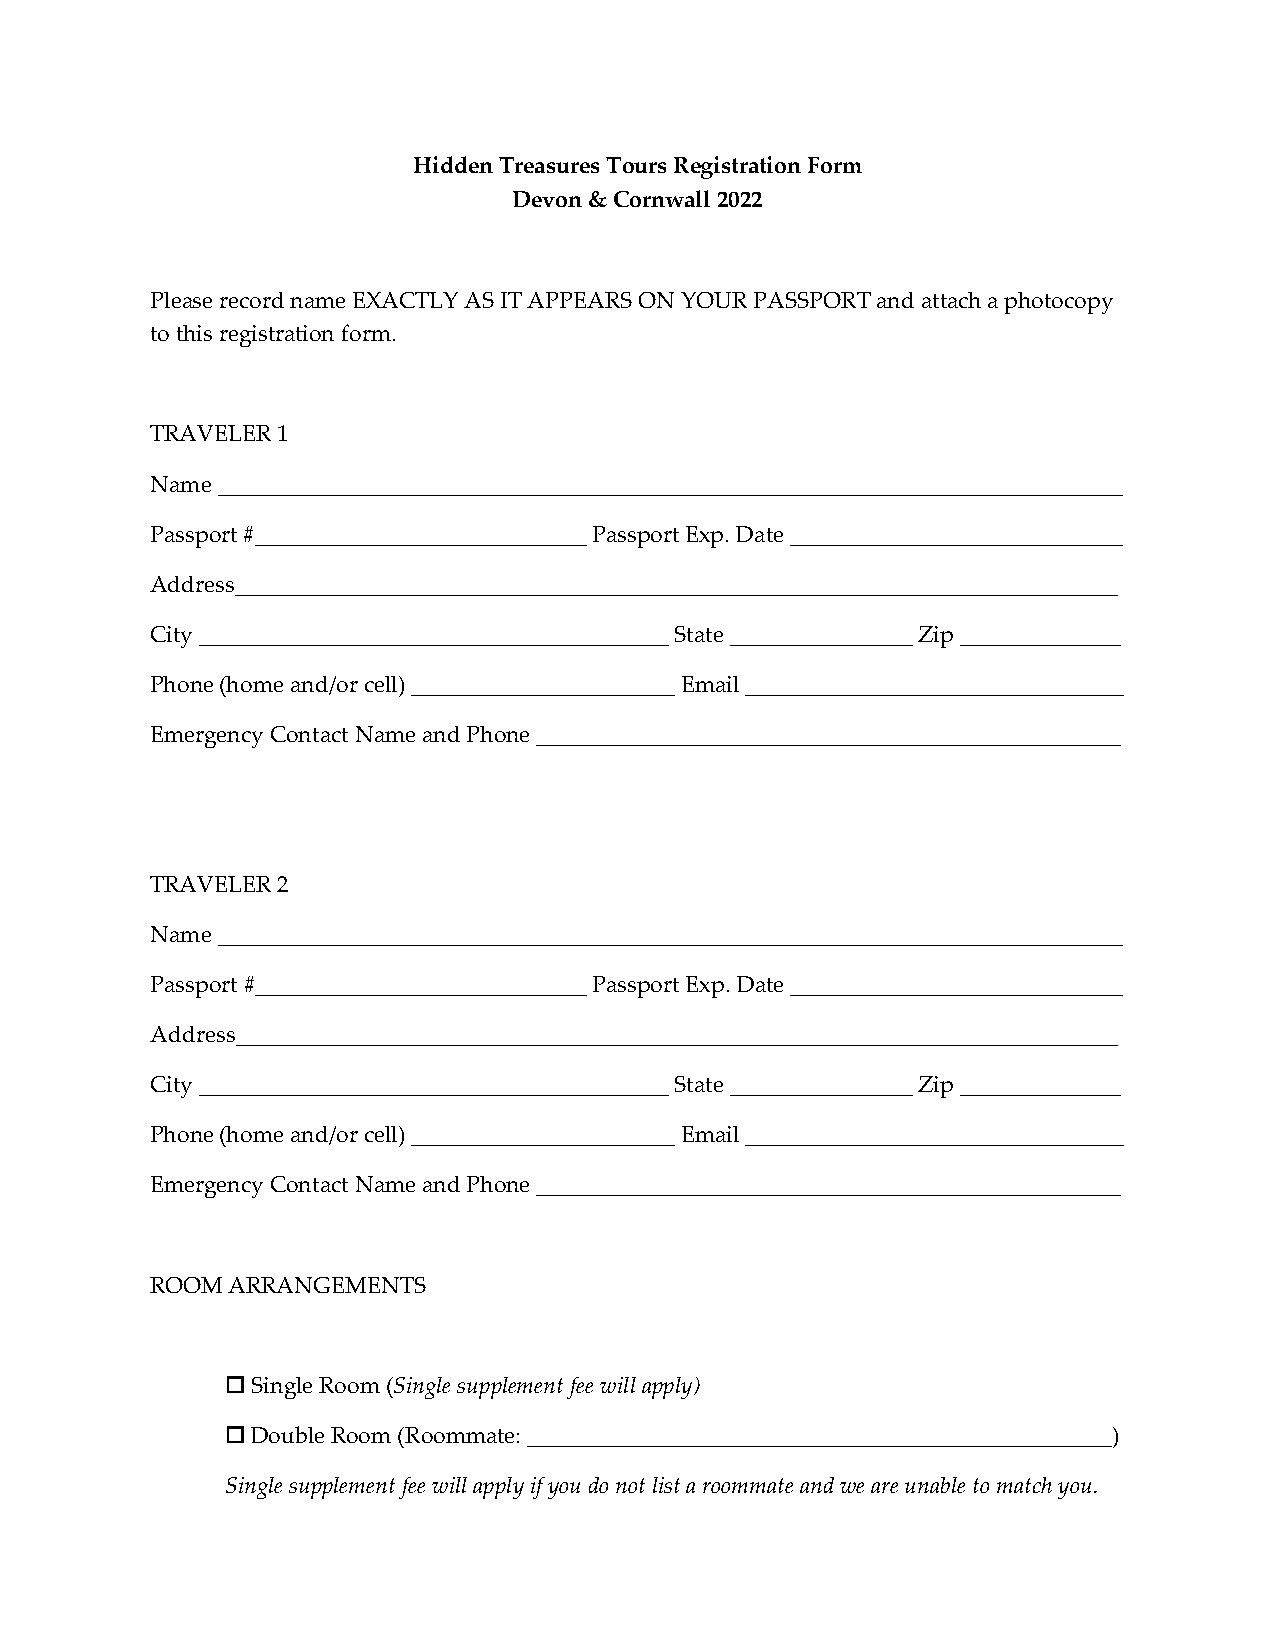
Hidden Treasures Tours Registration Form
 Devon & Cornwall 2022
 Please record name EXACTLY AS IT APPEARS ON YOUR PASSPORT and attach a photocopy
 to this registration form.
 TRAVELER 1
 Name _______________________________________________________________________________
 Passport #_____________________________ Passport Exp. Date _____________________________
 Address_____________________________________________________________________________
 City _________________________________________ State ________________ Zip ______________
 Phone (home and/or cell) _______________________ Email _________________________________
 Emergency Contact Name and Phone ___________________________________________________
 TRAVELER 2
 Name _______________________________________________________________________________
 Passport #_____________________________ Passport Exp. Date _____________________________
 Address_____________________________________________________________________________
 City _________________________________________ State ________________ Zip ______________
 Phone (home and/or cell) _______________________ Email _________________________________
 Emergency Contact Name and Phone ___________________________________________________
 ROOM ARRANGEMENTS
 Single Room (Single supplement fee will apply)
 Double Room (Roommate: ___________________________________________________)
 Single supplement fee will apply if you do not list a roommate and we are unable to match you.